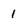
Character: 1